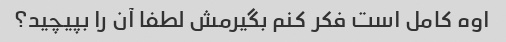
اوه کامل است فکر کنم بگیرمش لطفا آن را بپیچید؟